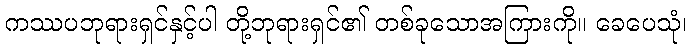
ကဿပဘုရားရှင်နှင့်ပါ တို့ဘုရားရှင်၏ တစ်ခုသောအကြားကို။ ခေပေသုံ၊